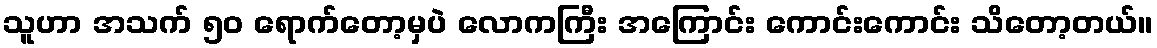
သူဟာ အသက် ၅၀ ရောက်တော့မှပဲ လောကကြီး အကြောင်း ကောင်းကောင်း သိတော့တယ်။